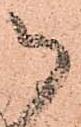
御